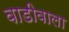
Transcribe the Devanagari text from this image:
वाडीवाला